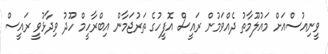
ވީނިއުސްއަށް މައުލޫމާތު ދެއްވަމުން ރައީސް އޮފީހުގެ ތަރުޖަމާން އިބްރާހީމް ހޫދު ވިދާޅުވީ ރައީސް